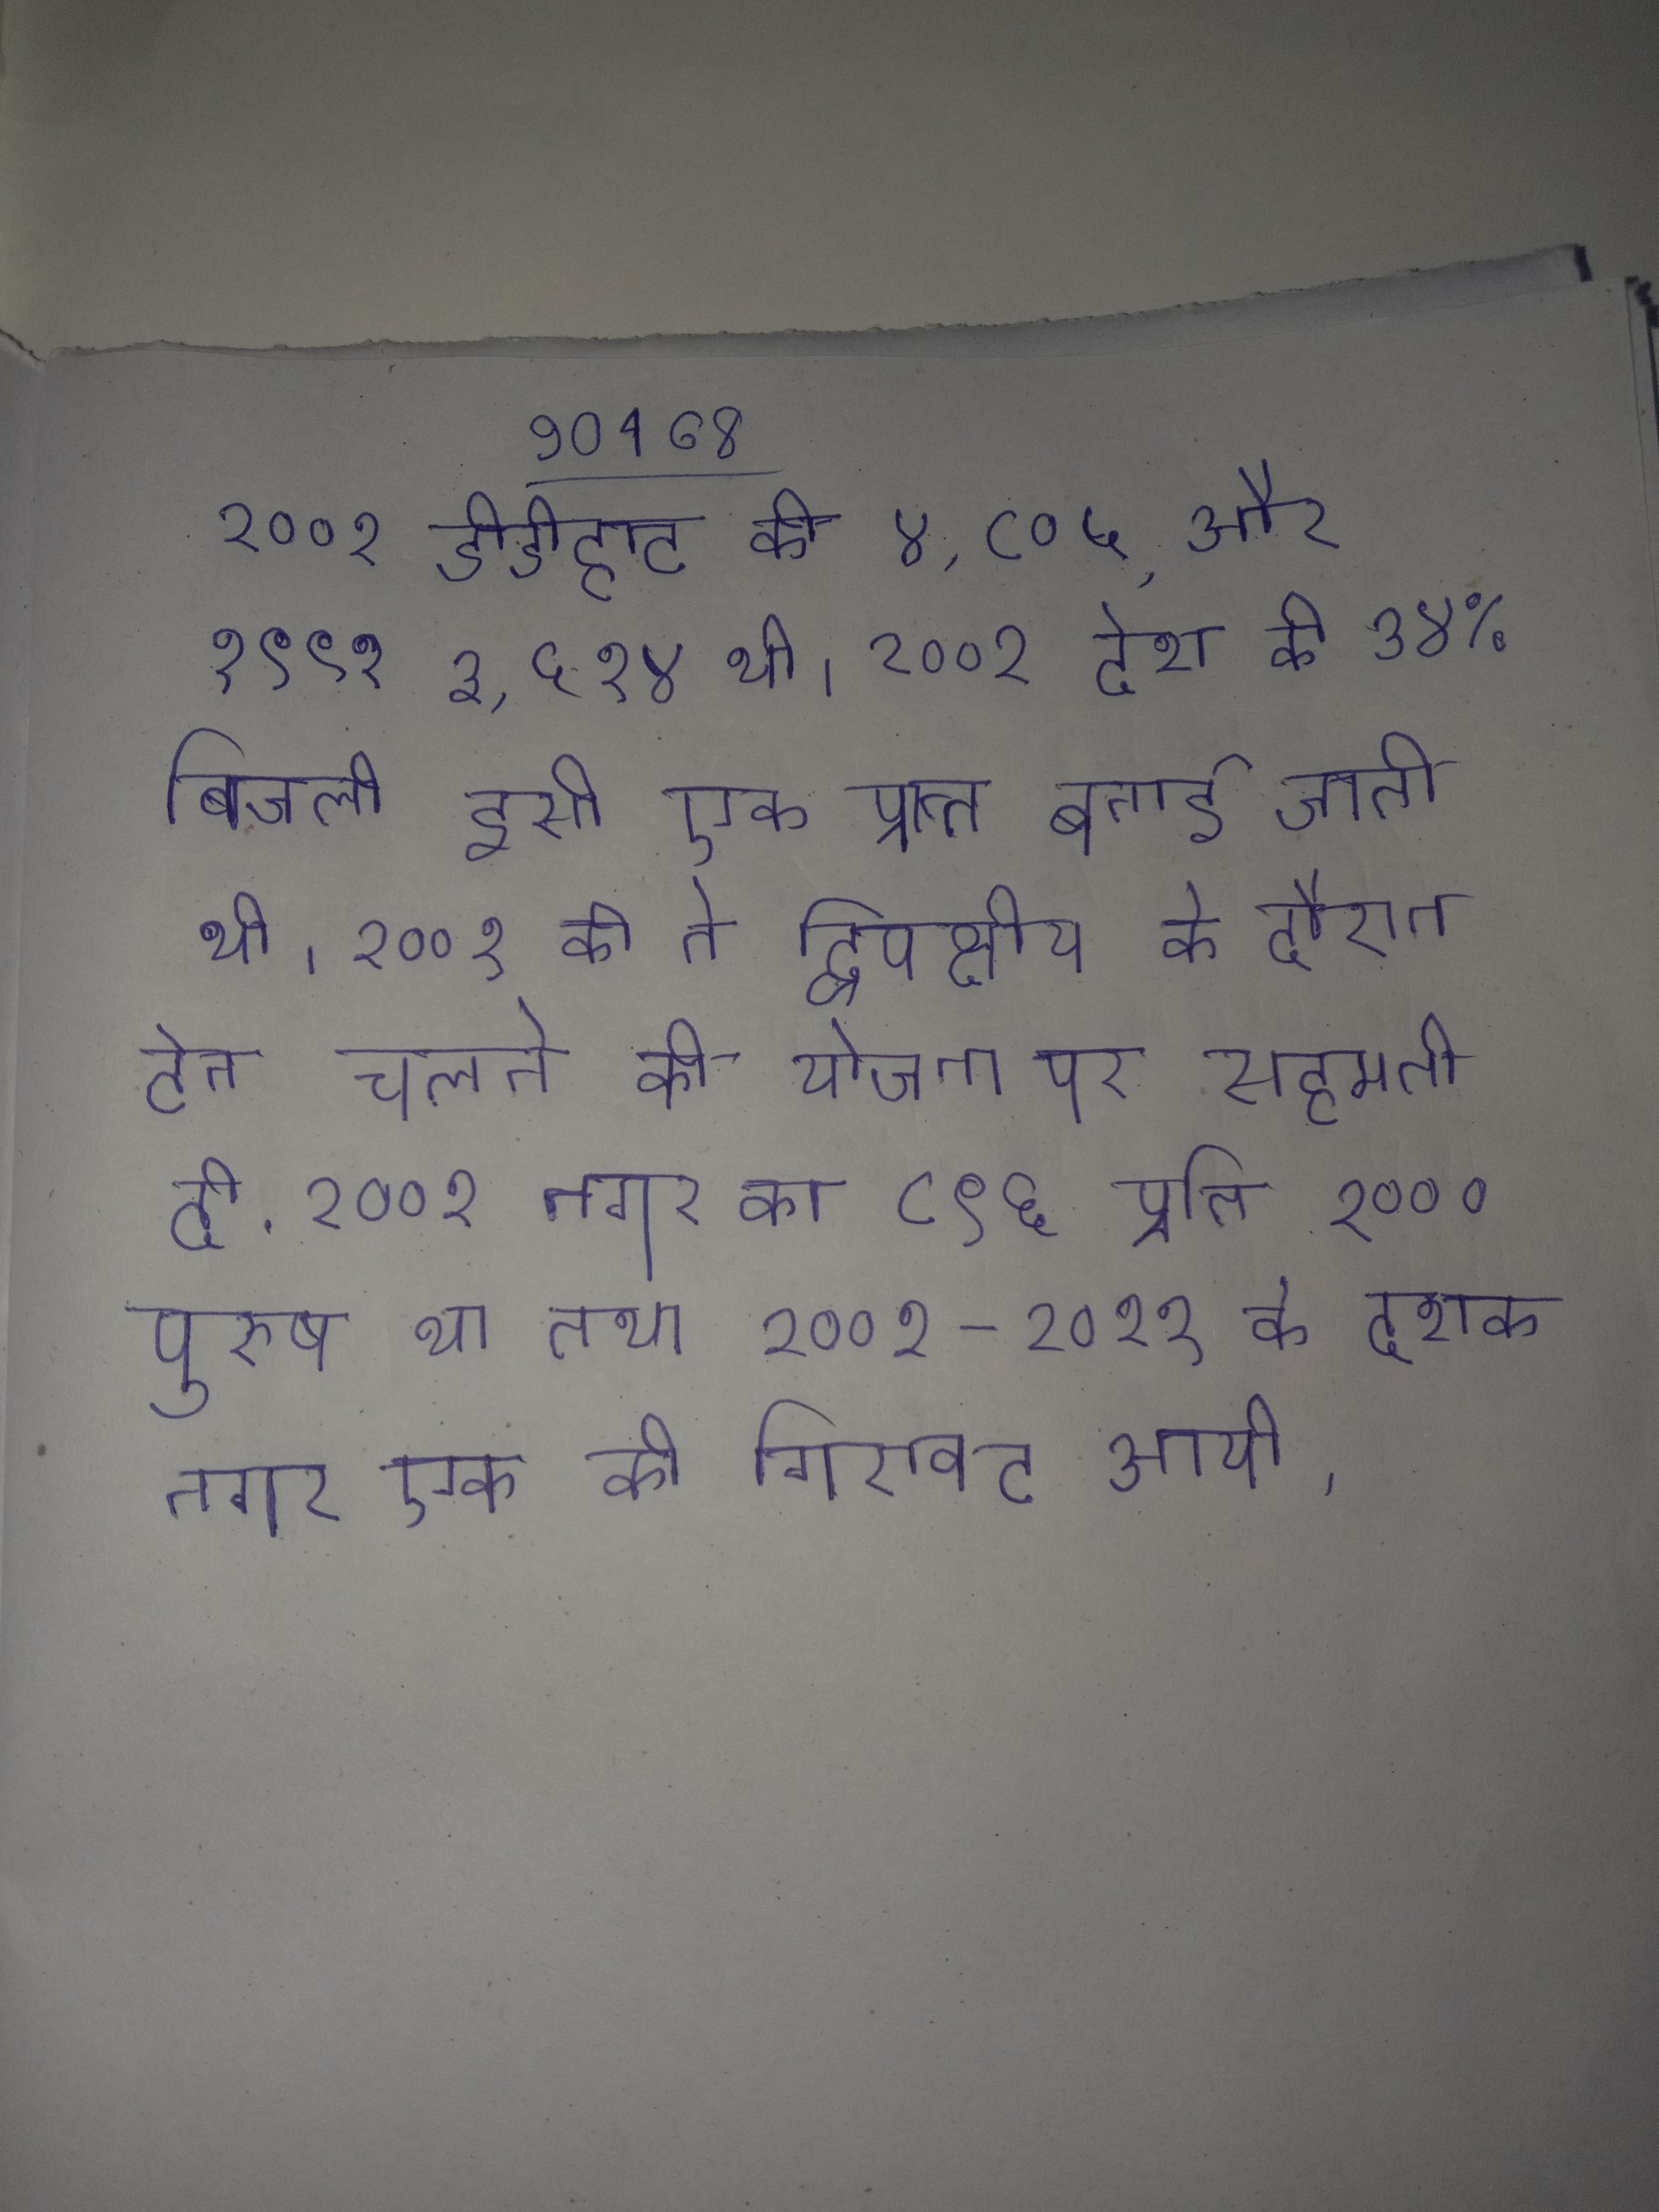
२००१ डीडीहाट की ४,८०५, और १९९१ ३,५१४ थी । २००१ देश की ७४% बिजली इसी एक प्रान्त बनाई जाती थी । २००१ की ने द्विपक्षीय के दौरान ट्रेन चलने की योजना पर सहमती दी . २००१ नगर का ८९६ प्रति १००० पुरुष था तथा २००१-२०११ के दशक नगर एक की गिरावट आयी ।